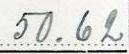
50.62